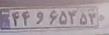
۴۴و۶۵۳۵۳